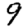
Digit: 9